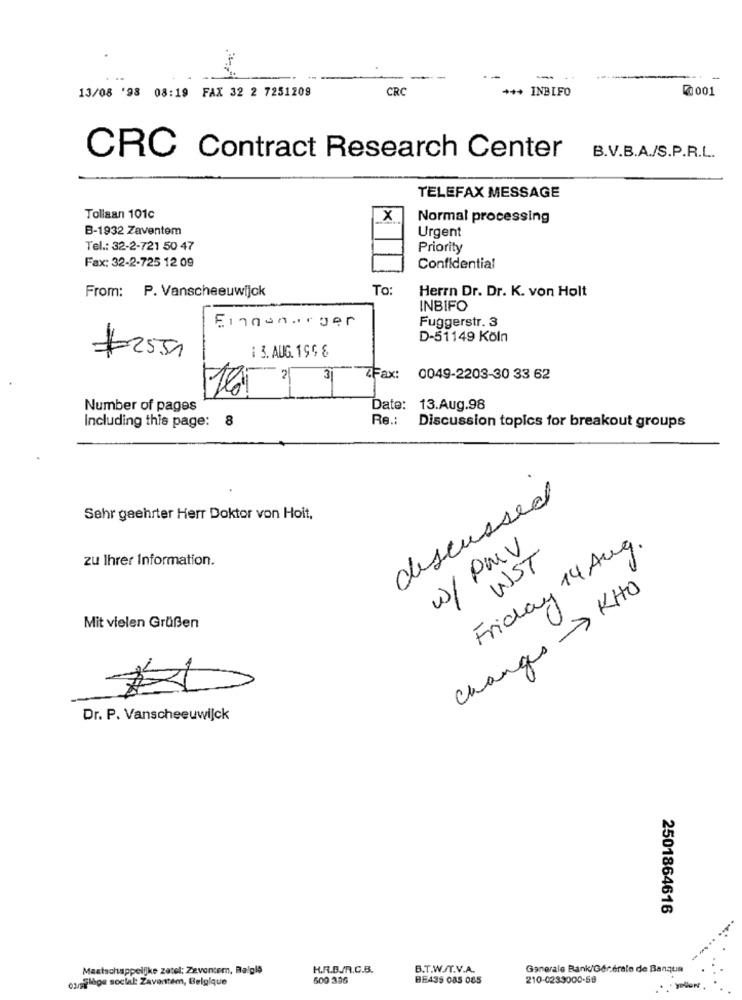
13/08 '98 08:19 FAX 32 2 7251209
CRC
*** INBIFO
R:001
CRC Contract Research Center
B.V.B.A./S.P.R.L.
TELEFAX MESSAGE
Tollaan 101c
X
Normal processing
B-1932 Zaventem
Urgent
Tel .: 32-2-721 50 47
Priority
Fax: 32-2-725 12 09
Confidential
To:
Herrn Dr. Dr. K. von Holt
From: P. Vanscheeuwijck
INBIFO
Einganarger
Fuggerstr. 3
D-51149 Köln
: 3. AUG. 199 8
#2551
31
ZFax: 0049-2203-30 33 62
1651
Number of pages
Date: 13.Aug.98
Including this page: 8
Re .:
Discussion topics for breakout groups
discussed
Sehr geehrter Herr Doktor von Hoit,
Friday 14 Aug.
W/ PMV
zu Ihrer Information.
UST
changes KHO
Mit vielen Grüßen
Dr. P. Vanscheeuwijck
2501864616
Maatschappelijke zatel: Zeventem, Ralgia
H.R.B.R.C.B.
B.T.W./T.V.A.
Generale Bank/Generale de Banque
600 336
BE435 085 085
210-0233000-59
carpflege social: Zaventem, Belgique